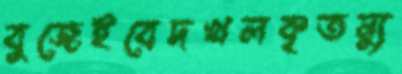
বুজেইবেদখলকৃতন্যু